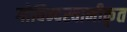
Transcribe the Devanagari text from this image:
गोविन्दस्वामीकृत